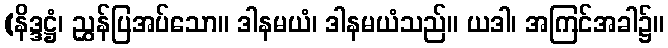
(နိဒ္ဒဋ္ဌံ၊ ညွှန်ပြအပ်သော။ ဒါနမယံ၊ ဒါနမယံသည်။ ယဒါ၊ အကြင်အခါ၌။